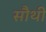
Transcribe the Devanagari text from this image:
सौथी